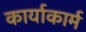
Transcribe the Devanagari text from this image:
कार्याकार्म